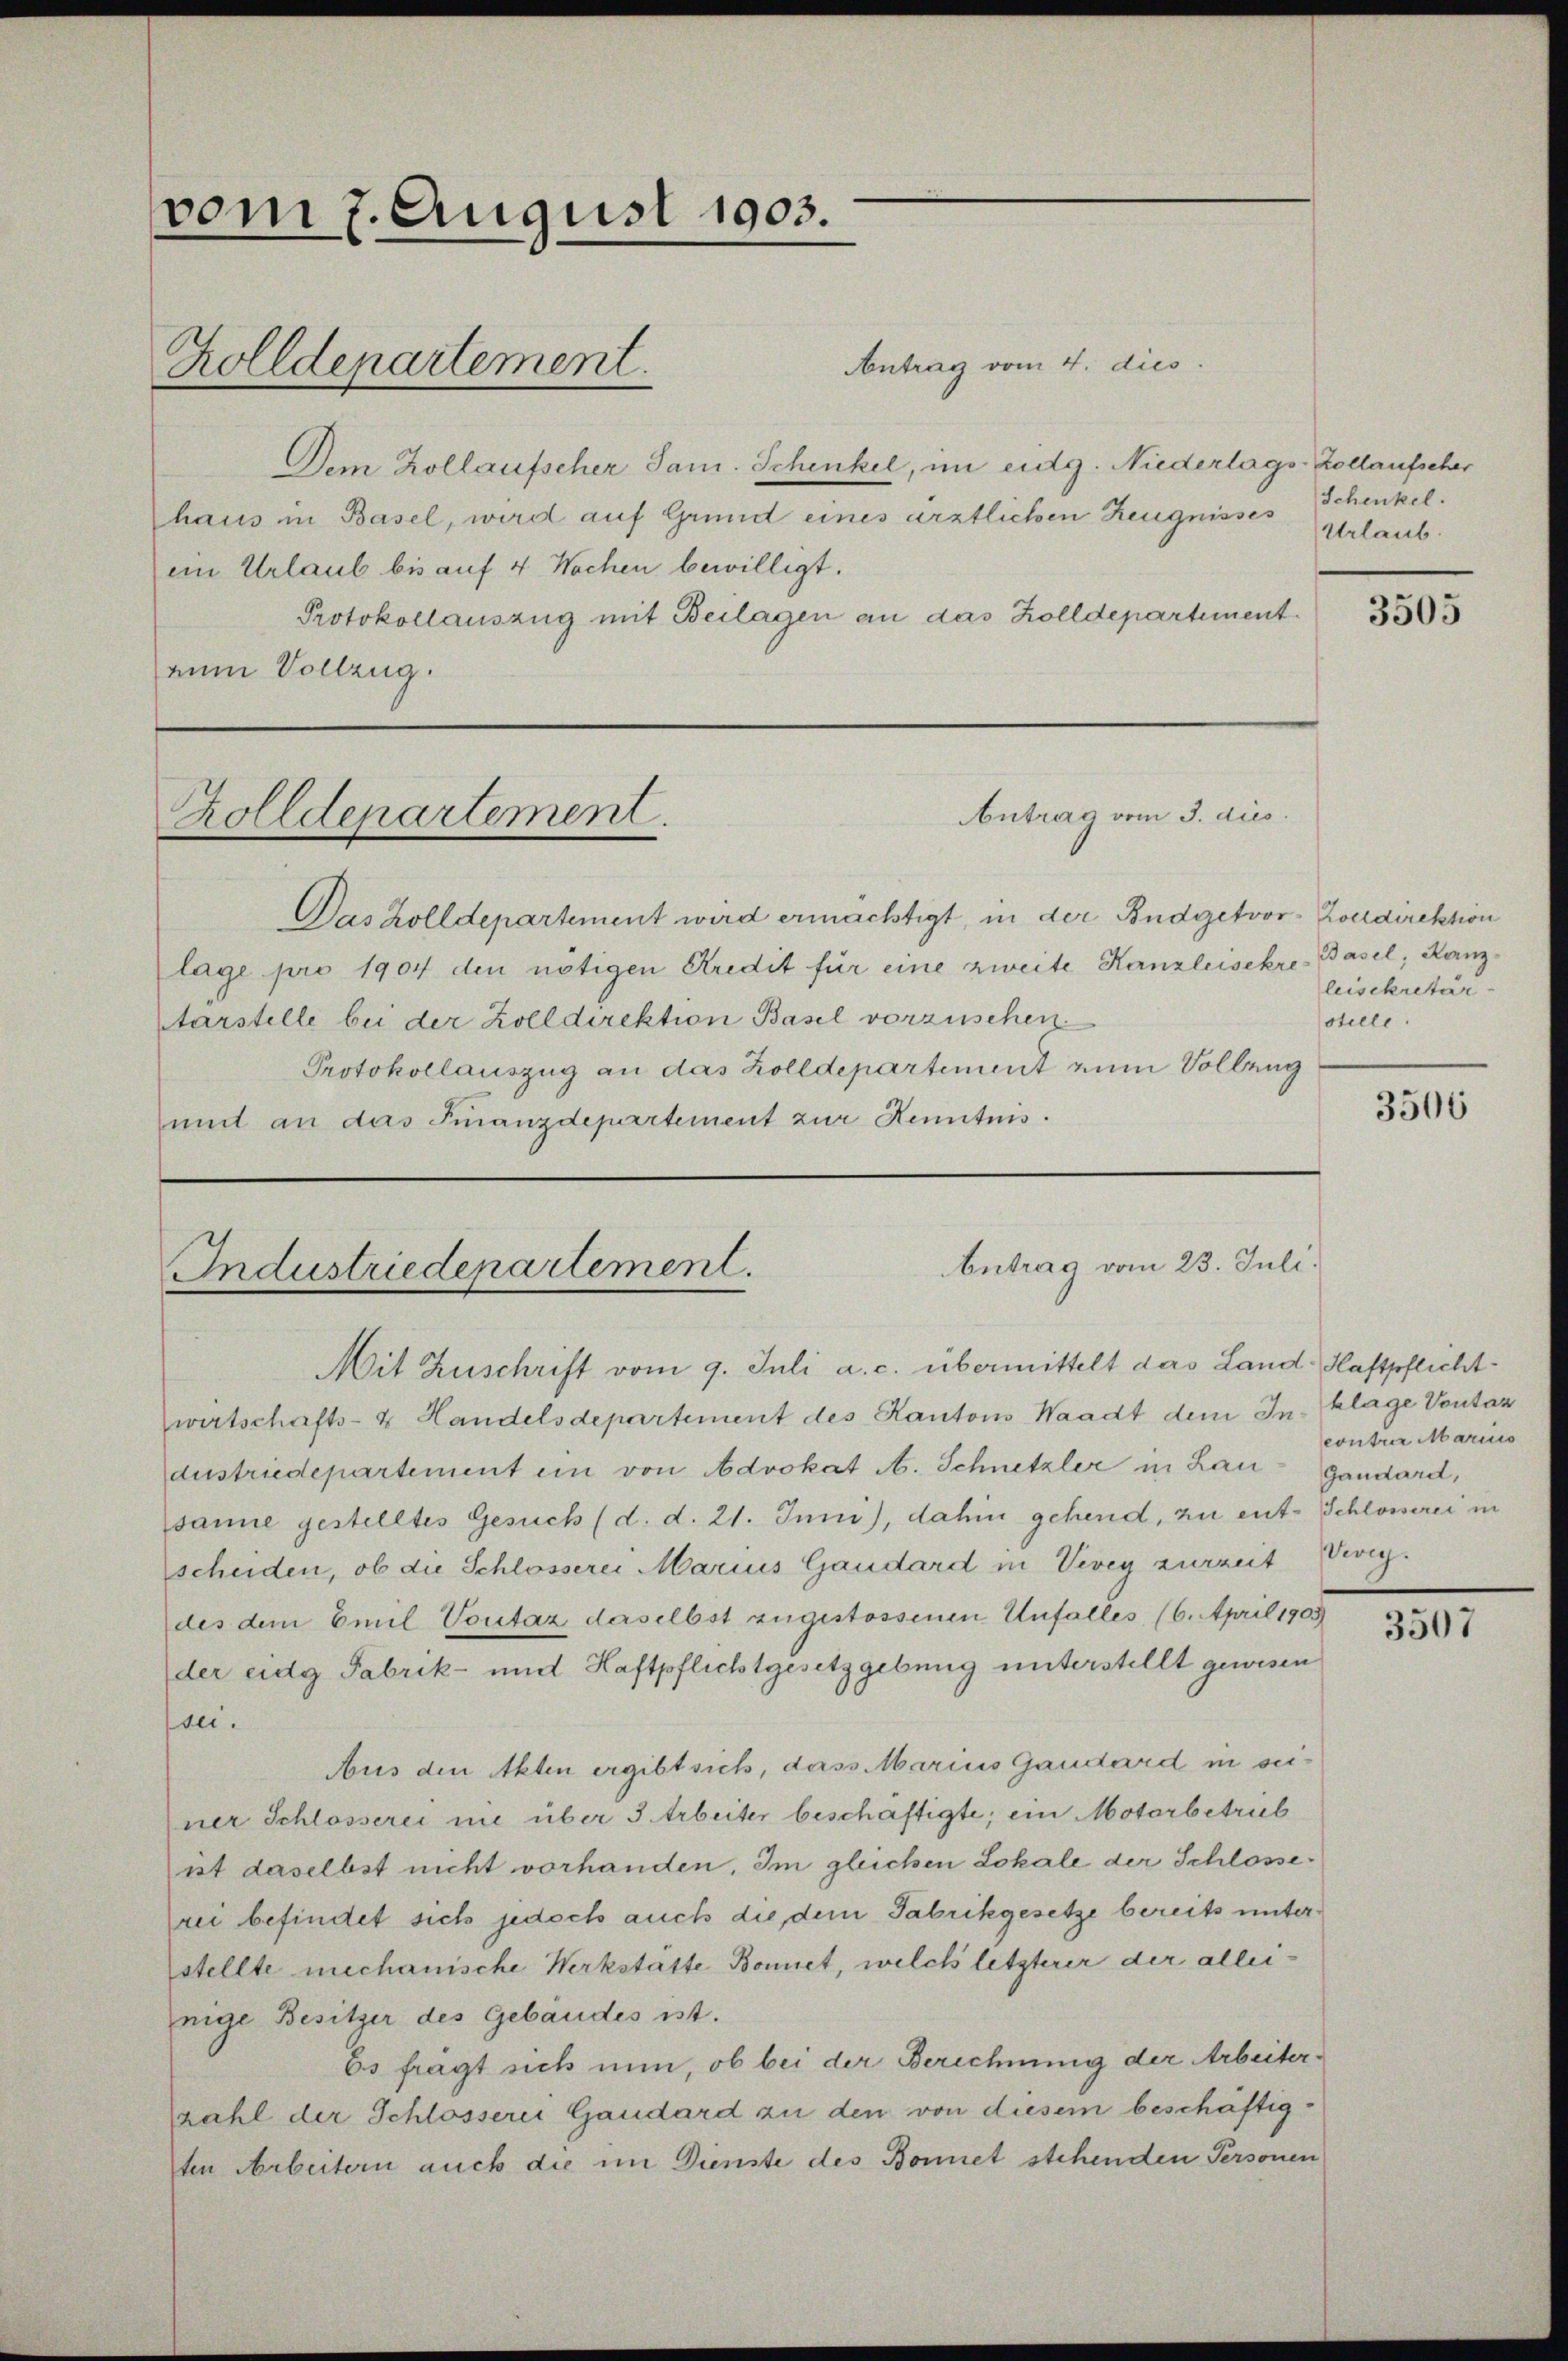
vom 7. August 1903.
Zolldepartement.

Zolldepartement.

Antrag vom 4. dies
Dem Kollaufscher Jam. Schenkel, im eidg. Niederlags-Kollaufscher
haus in Basel, wird auf Grund eines ärztlichen Zeugnisses
ein Urlaub bis auf 4 Wochen bewilligt.
Protokollauszug mit Beilagen an das Zolldepartement.
num Vollzug.

Industriedenartement.

Das Zolldepartement wird ermächtigt, in der Budgetvor-Zolldirektion
lage pro 1904 den nötigen Credit für eine zweite Kanzleisekre
arstelle bei der Zolldirektion Basel vorzusehen.
Protokollauszug an das Zolldepartement zum Volleng
und an das Finanzdepartement zur Kenntnis.

Schenkel.
Urlaub.

Antrag vom 3. dies

betrag vom 23. Juli.

Mit Zuschrift vom 9. Juli a. c. übermittelt das Land- Haftpflichtwirtschafts- & Handelsdepartement des Kantons Waadt dem In-klage Vontaz
austriedepartement ein von Advokat A. Schnetzler in Lau-Gandard,
sanie gestelltes Gesuch (d. d. 21. Juni, dahin gehend, zu ent-Schlosserei in
scheiden, ob die Schlosserei Marius Gaudard in Vevey zurzeit Veveg.
des dem Emil Voutaz daselbst zugestossenen Unfalles (6. April 1905
der eidg Fabrik- und Haftpflichtgesetzgebung unterstellt gewesen
sei.
Aus den Akten ergibt sich, dass Marius Gaudard in seiner Schlosserei nie über 3 Arbeiter beschäftigte, ein Motorbetrieb
ist daselbst nicht vorhanden. Im gleichen Lokale der Schlosserei befindet sich jedoch auch die dem Fabrikgesetze bereits unterstellte mechanische Werkstätte Bonnet, welch letzterer der alleinige Besitzer des Gebäudes ist.
Es fragt sich nun, ob bei der Berechnung der Arbeiterzahl der Schlosserei Gaudard zu den von diesem beschäftigten Arbeitern auch die im Dienste des Bonnet stehenden Personen

3505

Basel, Kanzleisekretär
stille.

3506

eontrer Marius

3507